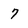
Character: 7